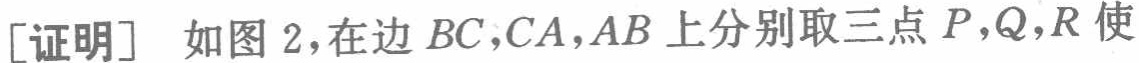
[证明] 如图 2，在边 \(BC,CA,AB\) 上分别取三点 \(P,Q,R\) 使